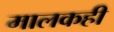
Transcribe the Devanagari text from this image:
मालकही